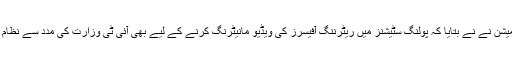
سیکریٹری الیکشن کمیشن نے نے بتایا کہ پولنگ سٹیشنز میں ریٹرننگ آفیسرز کی ویڈیو مانیٹرنگ کرنے کے لیے بھی آئی ٹی وزارت کی مدد سے نظام مرتب کیا جارہا ہے۔